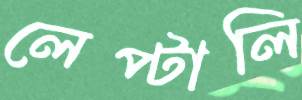
লেপ্‌টালি